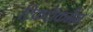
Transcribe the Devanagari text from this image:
टिकटॉकमैन